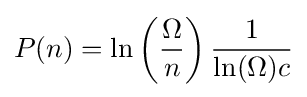
P(n)=\ln \left({\frac {\Omega }{n}}\right){\frac {1}{\ln(\Omega )c}}